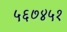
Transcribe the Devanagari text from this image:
५६७४५१